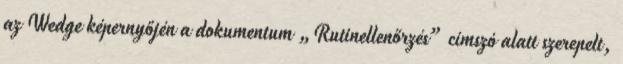
az Wedge képernyőjén a dokumentum „Rutinellenőrzés” címszó alatt szerepelt,